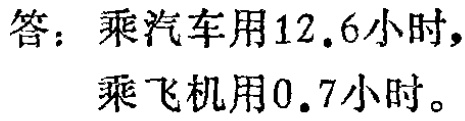
答：乘汽车用$12.6$小时，

乘飞机用$0.7$小时。